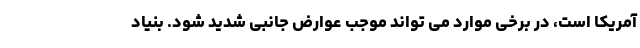
آمریکا است، در برخی موارد می تواند موجب عوارض جانبی شدید شود. بنیاد